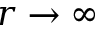
r \rightarrow \infty